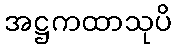
အဋ္ဌကထာသုပိ